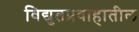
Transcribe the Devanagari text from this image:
विद्युतप्रवाहातील